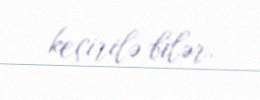
keçirilə bilər.